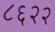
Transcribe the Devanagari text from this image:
८६२२